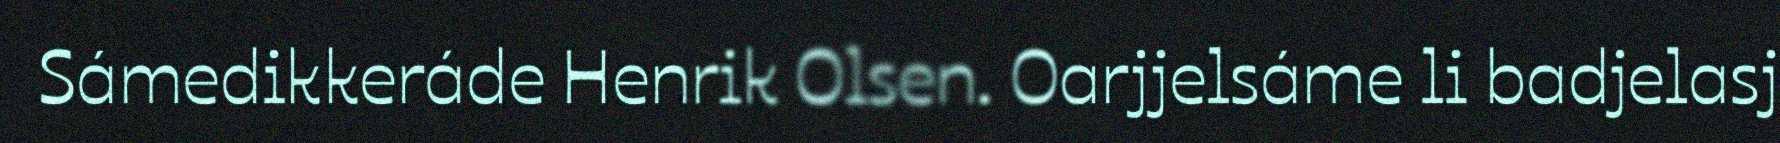
Sámedikkeráde Henrik Olsen. Oarjjelsáme li badjelasj